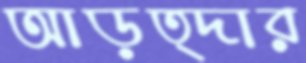
আড়ত্দার